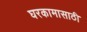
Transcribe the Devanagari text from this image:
घरकामासाठी